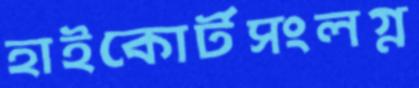
হাইকোর্টসংলগ্ন